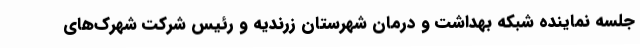
جلسه نماینده شبکه بهداشت و درمان شهرستان زرندیه و رئیس شرکت شهرک‌های